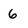
Character: 6